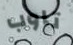
تاوب